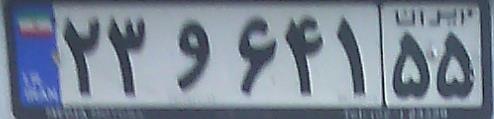
۲۳و۶۴۱۵۵